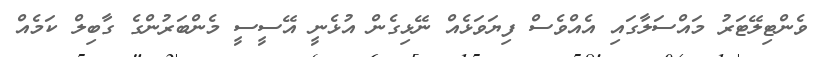
ވެންޓިލޭޓަރު މައްސަލާގައި އެއްވެސް ފިޔަވަޅެއް ނޭޅިގެން އުޅެނީ އޭސީސީ މެންބަރުންގެ ގާބިލް ކަމެއް